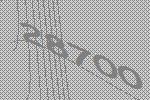
28700